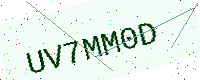
Text: UV7MM0D